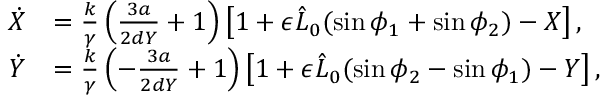
\begin{array} { r l } { \dot { X } } & { = \frac { k } { \gamma } \left( \frac { 3 a } { 2 d Y } + 1 \right) \left[ 1 + \epsilon \hat { L } _ { 0 } ( \sin { \phi _ { 1 } } + \sin { \phi _ { 2 } } ) - X \right] , } \\ { \dot { Y } } & { = \frac { k } { \gamma } \left( - \frac { 3 a } { 2 d Y } + 1 \right) \left[ 1 + \epsilon \hat { L } _ { 0 } ( \sin { \phi _ { 2 } } - \sin { \phi _ { 1 } } ) - Y \right] , } \end{array}